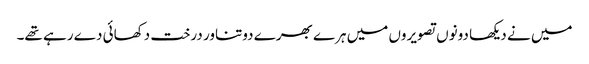
میں نے دیکھا دونوں تصویروں میں ہرے بھرے دوتناور درخت دکھائی دے رہے تھے۔